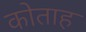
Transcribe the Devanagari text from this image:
कोताह